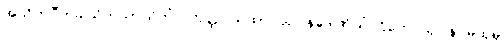
အသိတပီတခါယိတသာယိတံ။ တတ္ထ ယထာ သုဝါနဒေါဏိယံ ဌိတေ သုဝါနဝမထုမှိ